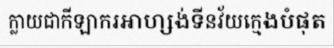
ក្លាយជាកីឡាករអាហ្សង់ទីនវ័យក្មេងបំផុត